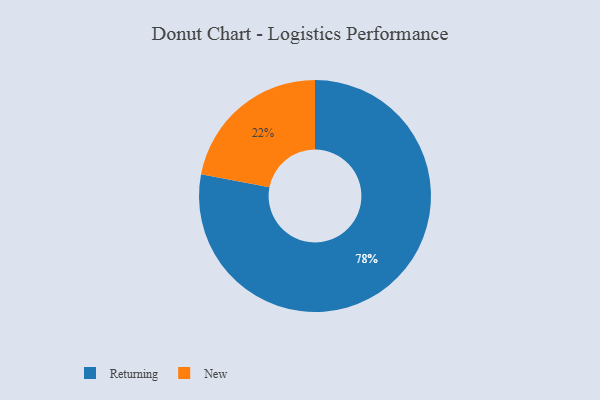
{"axis": {"x": "Category", "y": "Percentage"}, "legend": ["New", "Returning"], "data": [{"x": "New", "y": 22, "type": "New"}, {"x": "Returning", "y": 78, "type": "Returning"}]}